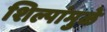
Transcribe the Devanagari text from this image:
शिल्पांमुळे